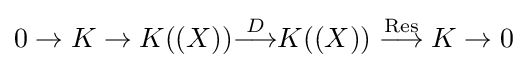
0\to K\to K((X)){\overset {D}{\longrightarrow }}K((X))\;{\overset {\operatorname {Res} }{\longrightarrow }}\;K\to 0